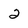
Character: 2